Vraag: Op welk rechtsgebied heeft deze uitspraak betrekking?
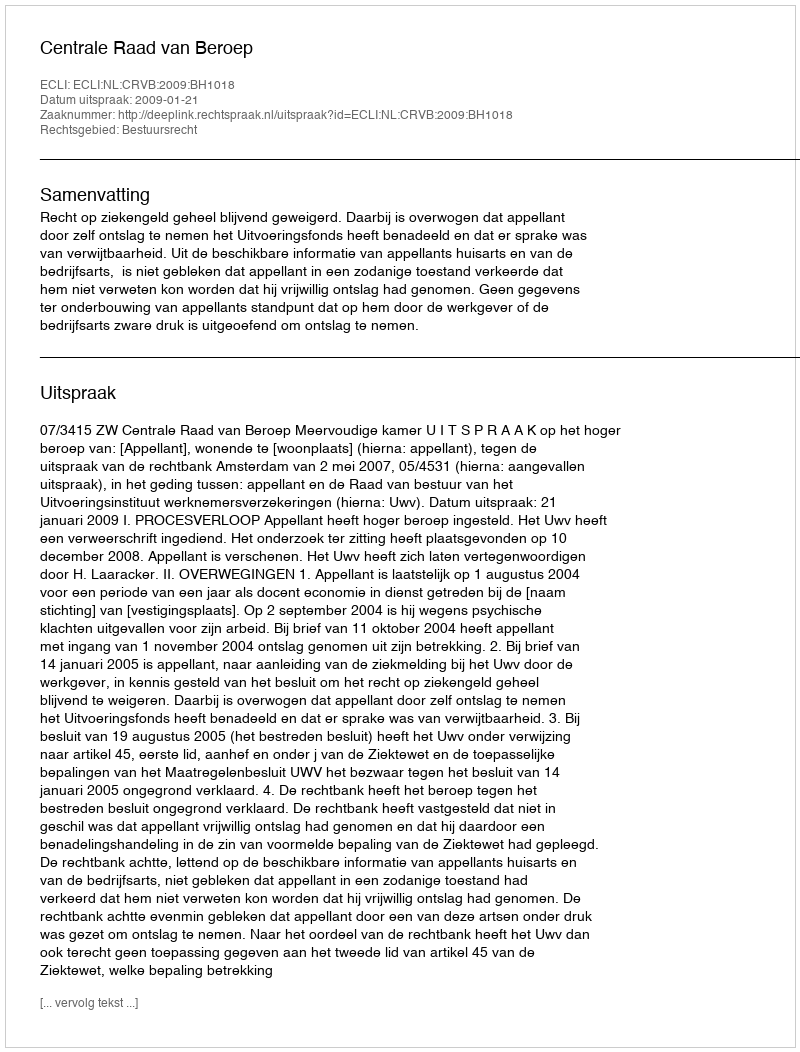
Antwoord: Bestuursrecht